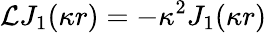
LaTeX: \mathcal{L}J_{1}(\kappa r)=-\kappa^{2}J_{1}(\kappa r)